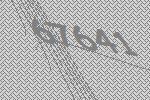
67641